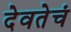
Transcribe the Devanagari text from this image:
देवतेचं